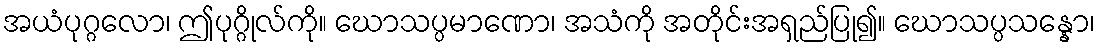
အယံပုဂ္ဂလော၊ ဤပုဂ္ဂိုလ်ကို။ ဃောသပ္ပမာဏော၊ အသံကို အတိုင်းအရှည်ပြု၍။ ဃောသပ္ပသန္နော၊